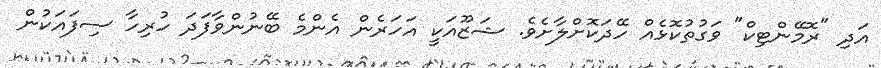
އަދި "ރޮމޭންޓިކް" ވަގުތުކޮޅެއް ހޭދަކޮށްލާށެވެ. ޝަޒޫއަކީ އަހަރެން އެންމެ ބޭނުންވާފަދަ ހުރިހާ ސިފައަކުން